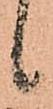
候